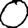
Digit: 0